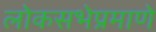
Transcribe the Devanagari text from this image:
लोकसभेप्रमाणे